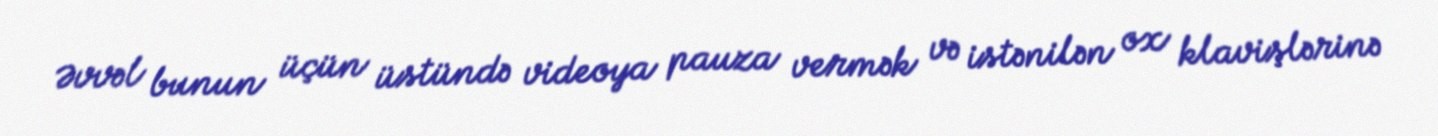
Əvvəl bunun üçün üstündə videoya pauza vermək və istənilən ox klavişlərinə